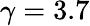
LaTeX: \gamma=3.7